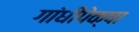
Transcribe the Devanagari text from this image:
गांधींपेक्षा